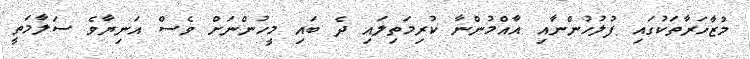
މުޒާހަރާތަކުގައި ފުލުހުންނާއި އާއްމުންނާ ކުރިމަތިލައި ދެ ބައި މީހުންނަށް ވެސް އަނިޔާވެ ސަލާމަތީ